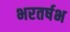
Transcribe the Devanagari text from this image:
भरतर्षभ